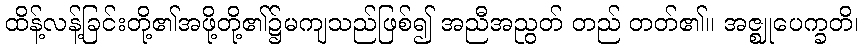
ထိန့်လန့်ခြင်းတို့၏အဖို့တို့၏၌မကျသည်ဖြစ်၍ အညီအညွတ် တည် တတ်၏။ အဇ္ဈုပေက္ခတိ၊